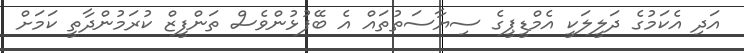
އަދި އެކަމުގެ ދަލީލަކީ އެމްޑީޕީގެ ސިޔާސަތުތައް އެ ބޭފުޅުންވެސް ތަންފީޒް ކުރަމުންދާތީ ކަމަށް